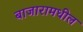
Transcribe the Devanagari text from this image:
बाजारामधील